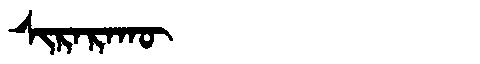
Manchu: ᠰᡳᡵᠠᡵᠠᡴᡡ
Romanization: SIRARAKŪ